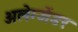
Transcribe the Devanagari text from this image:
अलेग्जेंडर